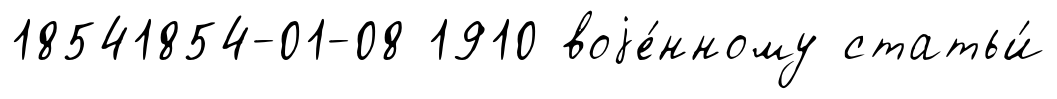
18541854-01-08 1910 воjе́нному статьи́